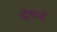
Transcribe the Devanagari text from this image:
दोषार्ह